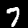
Label: 7